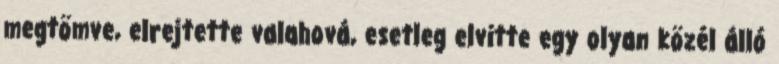
megtömve, elrejtette valahová, esetleg elvitte egy olyan közél álló